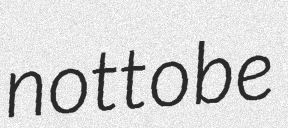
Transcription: not to be